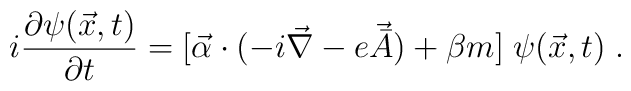
i \frac {\partial \psi (\vec{x}, t)} {\partial t} = [ {\vec {\alpha}} \cdot (-i \vec {\nabla} - e \vec{\bar {A}}) + \beta m] \; \psi(\vec{x}, t) \; .